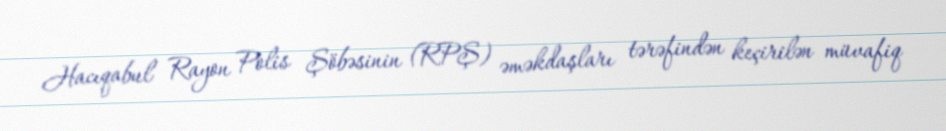
Hacıqabul Rayon Polis Şöbəsinin (RPŞ) əməkdaşları tərəfindən keçirilən müvafiq